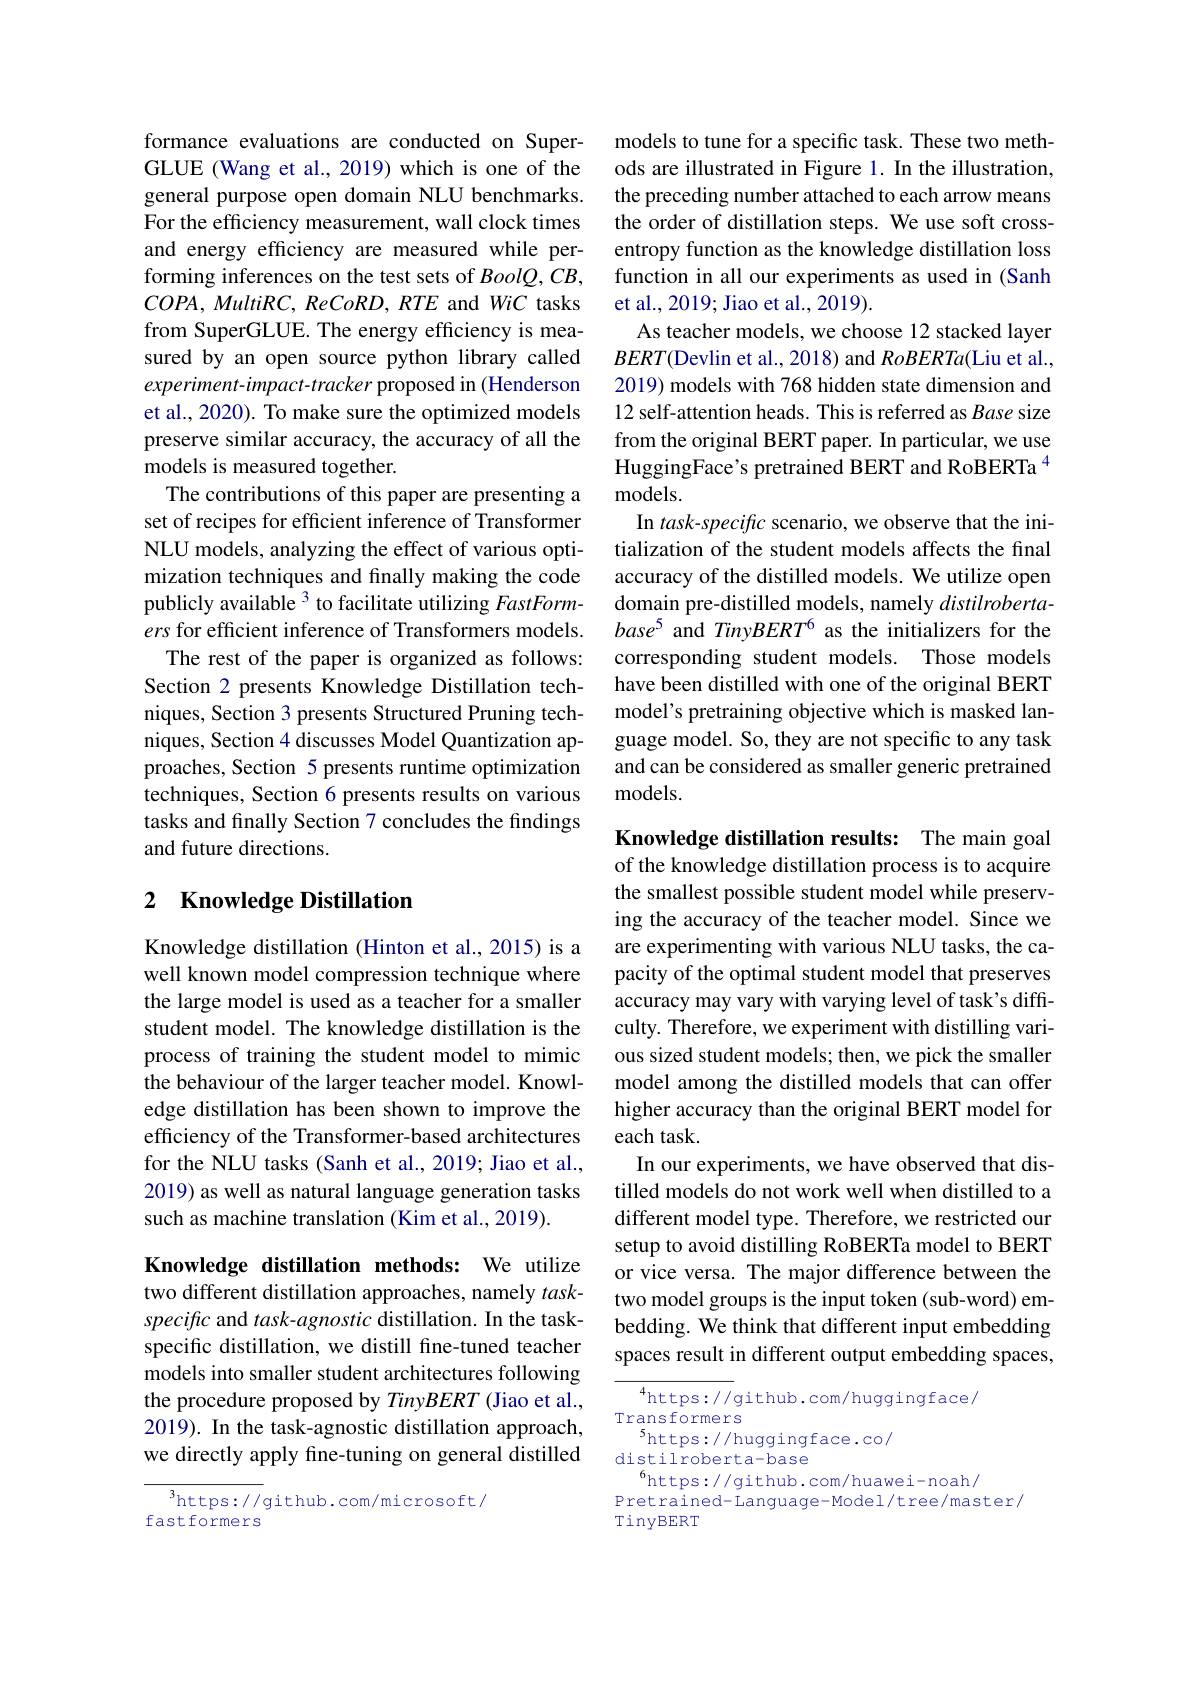
formance evaluations are conducted on SuperGLUE (Wang et al., 2019) which is one of the general purpose open domain NLU benchmarks. For the efficiency measurement, wall clock times and energy efficiency are measured while performing inferences on the test sets of BoolQ, CB, $COPA,MultiRC,ReCoRD,RTE$ and WiC tasks from SuperGLUE. The energy efficiency is measured by an open source python library called experiment- impact- tracker proposed in ( Henderson et al., 2020). To make sure the optimized models preserve similar accuracy, the accuracy of all the models is measured together.
The contributions of this paper are presenting a set of recipes for efficient inference of Transformer NLU models, analyzing the effect of various optimization techniques and finally making the code publicly available $^3$ to facilitate utilizing FastFormers for efficient inference of Transformers models.
The rest of the paper is organized as follows: Section 2 presents Knowledge Distillation techniques, Section 3 presents Structured Pruning techniques, Section 4 discusses Model Quantization approaches, Section 5 presents runtime optimization techniques, Section 6 presents results on various tasks and finally Section 7 concludes the findings and future directions.

## 2 Knowledge Distillation

Knowledge distillation (Hinton et al., 2015) is a well known model compression technique where the large model is used as a teacher for a smaller student model. The knowledge distillation is the process of training the student model to mimic the behaviour of the larger teacher model. Knowledge distillation has been shown to improve the efficiency of the Transformer-based architectures for the NLU tasks (Sanh et al., 2019; Jiao et al., 2019) as well as natural language generation tasks such as machine translation (Kim et al., 2019).

Knowledge distillation methods: We utilize

two different distillation approaches, namely $task-$ specific and task-agnostic distillation. In the taskspecific distillation, we distill fine-tuned teacher models into smaller student architectures following the procedure proposed by TinyBERT (Jiao et al., 2019). In the task-agnostic distillation approach, we directly apply fine-tuning on general distilled

${^{3}\mathrm{https://}}$github.com/microsoft/
fastformers

models to tune for a specific task. These two methods are illustrated in Figure 1. In the illustration, the preceding number attached to each arrow means the order of distillation steps. We use soft crossentropy function as the knowledge distillation loss function in all our experiments as used in (Sanh et al., 2019; Jiao et al., 2019).
As teacher models, we choose 12 stacked layer $BERT($Devlin et al., 2018) and RoBERTa(Liu et al., 2019) models with 768 hidden state dimension and 12 self-attention heads. This is referred as Base size from the original BERT paper. In particular, we use HuggingFace's pretrained BERT and RoBERTa $^{4}$ models.
In task-specific scenario, we observe that the initialization of the student models affects the final accuracy of the distilled models. We utilize open domain pre-distilled models, namely $distilroberta-$ $base^{5}$ and TinyBERT$^6$ as the initializers for the corresponding student models. Those models have been distilled with one of the original BERT model's pretraining objective which is masked language model. So, they are not specific to any task and can be considered as smaller generic pretrained models.

Knowledge distillation results: The main goal of the knowledge distillation process is to acquire the smallest possible student model while preserving the accuracy of the teacher model. Since we are experimenting with various NLU tasks, the capacity of the optimal student model that preserves accuracy may vary with varying level of task's difficulty. Therefore, we experiment with distilling various sized student models; then, we pick the smaller model among the distilled models that can offer higher accuracy than the original BERT model for each task.
In our experiments, we have observed that distilled models do not work well when distilled to a different model type. Therefore, we restricted our setup to avoid distilling RoBERTa model to BERT or vice versa. The major difference between the two model groups is the input token (sub-word) embedding. We think that different input embedding spaces result in different output embedding spaces,

$^{4}$https://github.com/huggingface/
Transformers
$^5$https://huggingface.co/
distilroberta-base
$^{6}$https://github.com/huawei-noah/
Pretrained- Language- Model/t ree/master/
TinyBERT